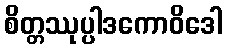
စိတ္တဿုပ္ပါဒကောဝိဒေါ